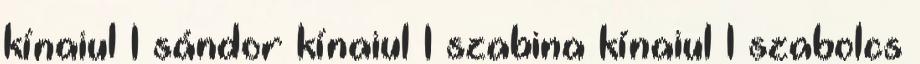
kínaiul 1 sándor kínaiul 1 szabina kínaiul 1 szabolcs